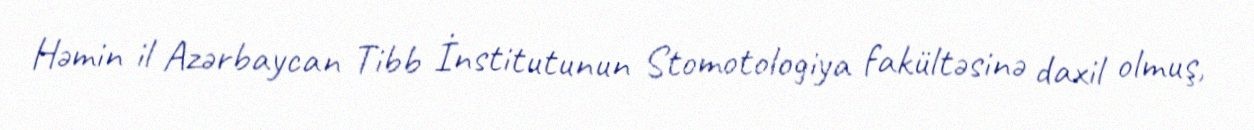
Həmin il Azərbaycan Tibb İnstitutunun Stomotologiya fakültəsinə daxil olmuş,